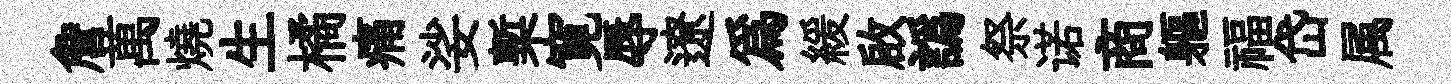
詹萬燒生橘痛娑槧寛辱遼爲緩啟譌祭诺商軀福岱属